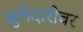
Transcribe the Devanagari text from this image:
सुभेदारीवर